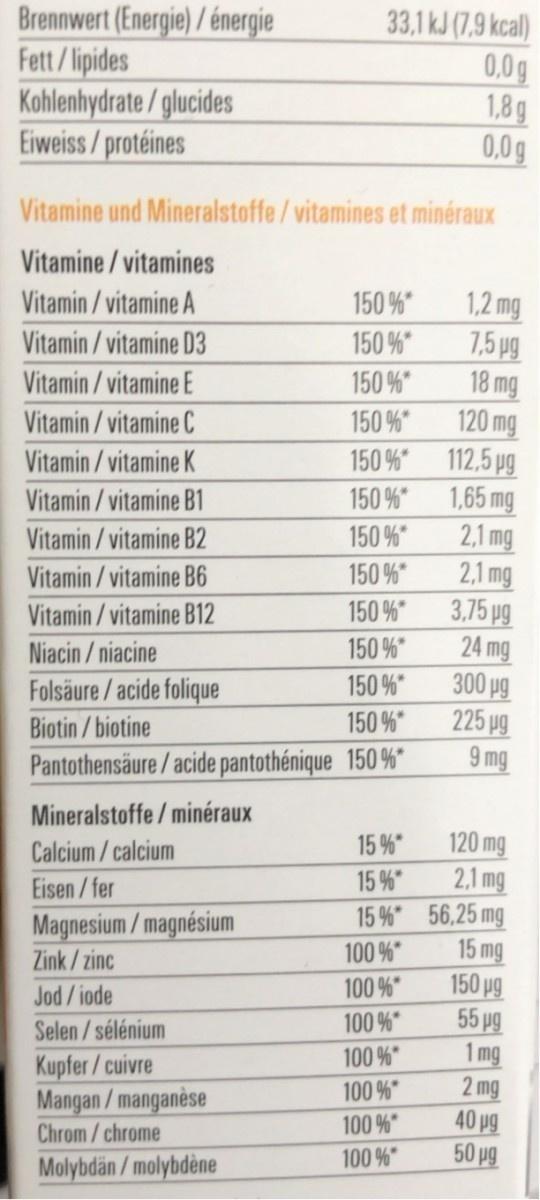
Brennwert (Energie) / énergie
Fett/lipides Kohlenhydrate / glucides Eiweiss/protéines
33,1 kJ (7,9 kcal) 0,0g 1,8 g 0,0g
Vitamine und Mineralstoffe/vitamines et minéraux
Vitamine/vitamines
1,2 mg 7,5 pg 18 mg 120 mg 112,5 pg 1,65 mg 2,1 mg 2,1 mg 3.75 pg 24 mg 300 pg 225 pg 9 mg
Vitamin/ vitamine A
150 %*
Vitamin/ vitamine D3
150 %*
Vitamin / vitamine E
150 %
Vitamin/ vitamine C
150 %*
Vitamin /vitamine K
150 %*
Vitamin / vitamine B1
150 %*
Vitamin / vitamine B2
150 %*
Vitamin/ vitamine B6
150 %*
Vitamin/ vitamine B12
150 %*
Niacin /niacine
150 %*
Folsäure/acide folique
150 %*
Biotin/biotine
150 %*
Pantothensäure/acide pantothénique 150 %"
Mineralstoffe /minéraux
120 mg 2,1 mg 15 % 56,25 mg 15 mg 150 pg 55 pg
Calcium/calcium
15 %
Eisen /fer
15 %*
Magnesium/magnésium Zink / zinc
100 %*
Jod/iode
100 %*
Selen / sélénium
100 %*
100 %*
1 mg
Kupfer/cuivre Mangan / manganèse Chrom/chrome
2 mg 40 pg 50 pg
100 %*
100 %*
100 %
Molybdän / molybdène